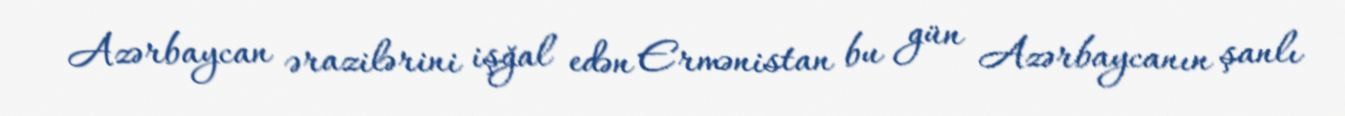
Azərbaycan ərazilərini işğal edən Ermənistan bu gün Azərbaycanın şanlı